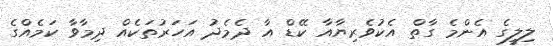
ލިލީގެ އެންމެ ގާތް އެކުވެރިޔާއާ ކޭޑް އާ ދެމެދު އަހަރުތަކެއް ދިމާވާ ކަމެއްގެ